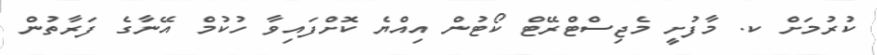
ކުރުމަށް ކ. މާފުށީ މެޖިސްޓްރޭޓް ކޯޓުން އިއްޔެ ކޮށްފައިވާ ހުކުމް އޭނާގެ ފަރާތުން